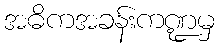
အဓိကအခန်းကဏ္ဍမှ